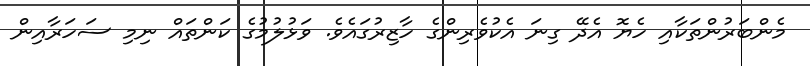
މެންބަރުންތަކާއި ހެޔޮ އެދޭ ގިނަ އެކުވެރިންގެ ހާޒިރުގައެވެ. ވަޅުލުމުގެ ކަންތައް ނިމި ސަހަރާއިން